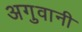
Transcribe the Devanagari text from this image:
अगुवानी